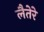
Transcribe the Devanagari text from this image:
लैतेरे